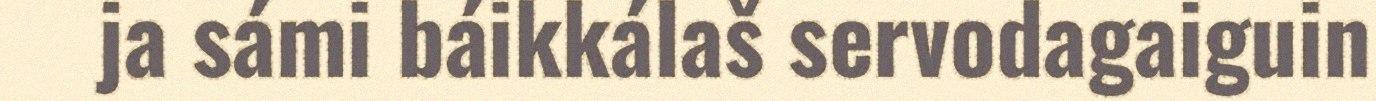
ja sámi báikkálaš servodagaiguin